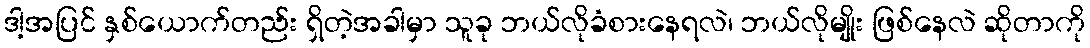
ဒါ့အပြင် နှစ်ယောက်တည်း ရှိတဲ့အခါမှာ သူခု ဘယ်လိုခံစားနေရလဲ၊ ဘယ်လိုမျိုး ဖြစ်နေလဲ ဆိုတာကို